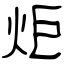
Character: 炬